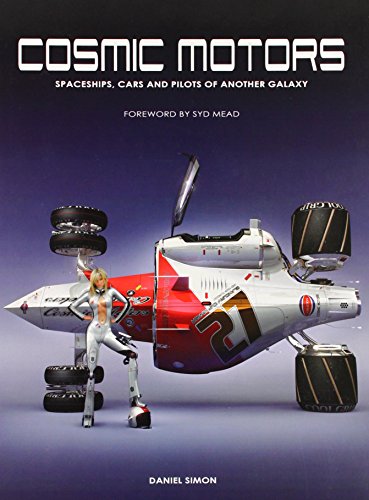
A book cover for Cosmic Motors: Spaceships, Cars and Pilots of Another Galaxy (English and German Edition); Daniel Simon; Arts & Photography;